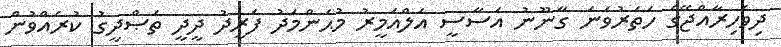
ދިވެހިރާއްޖޭގެ ހަތަރުވަނަ ގާނޫނު އަސާސީ އަލްއަމީރު މުޙަންމަދު ފަރީދު ދީދީ ތަޞްދީގު ކުރެއްވުން